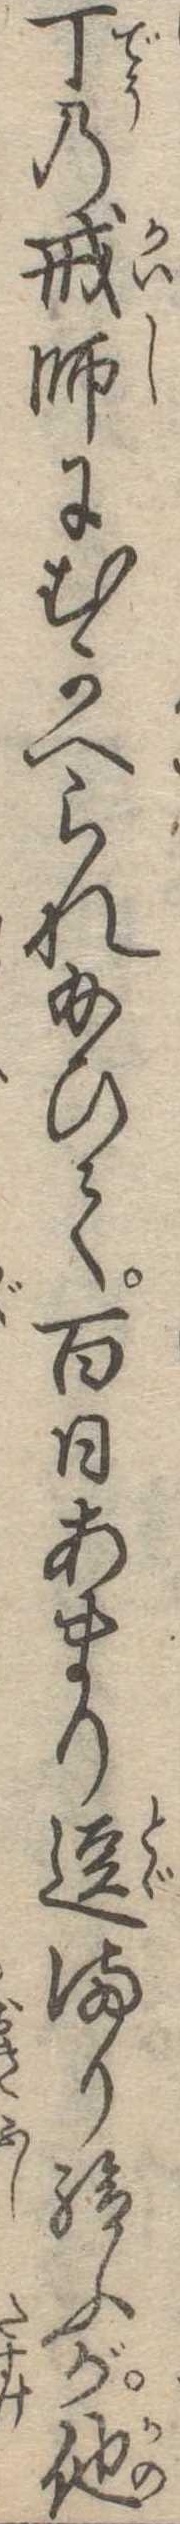
丁の戒師にむかへられ給ひて百日あまり逗まり給ふが他